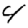
Digit: 4